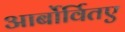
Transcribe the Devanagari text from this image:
आर्बोर्वितए